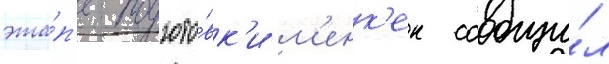
эта́п'е подгото́вк'и м'енк'ен сообщи́л